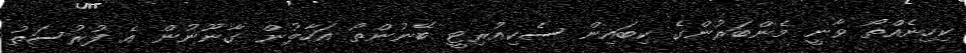
ކިހިނެއްތޯ ވާނީ މެންބަރުންގެ ކިބައިން ސެކިއުރިޓީ ބޭނުންތޯ އަހާލުން ގާނޫނުން އެ ފުރުސަތު